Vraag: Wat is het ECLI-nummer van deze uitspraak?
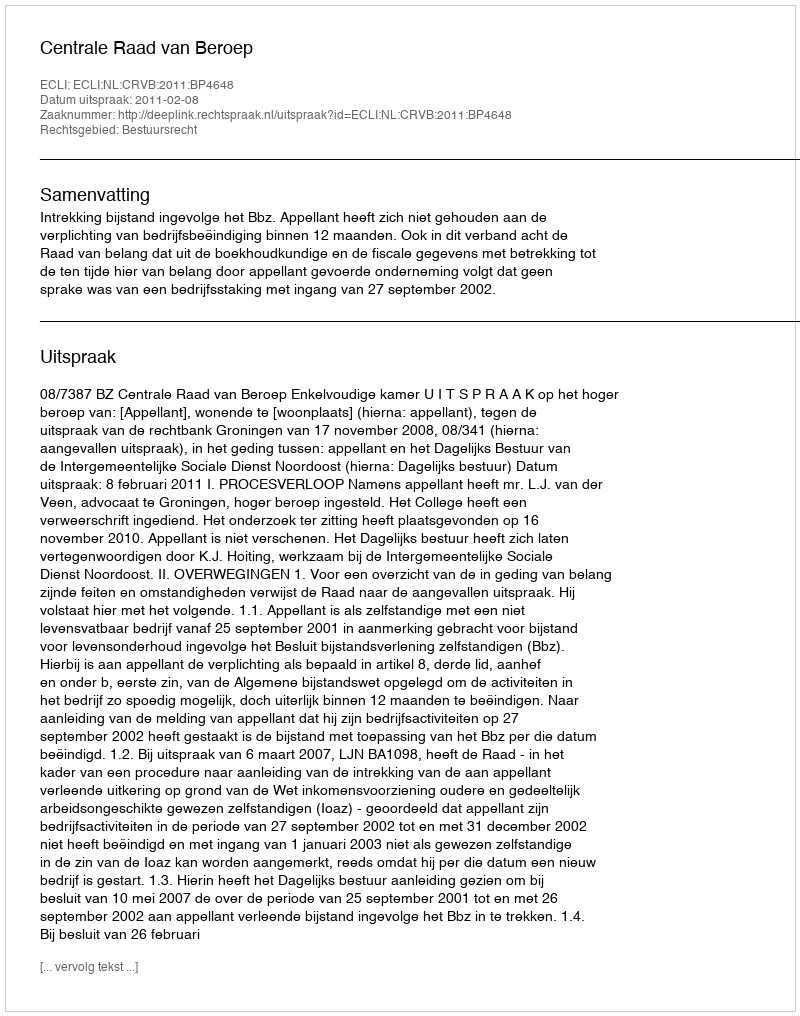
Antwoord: ECLI:NL:CRVB:2011:BP4648